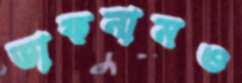
ডাকনামও